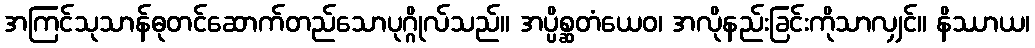
အကြင်သုသာန်ဓုတင်ဆောက်တည်သောပုဂ္ဂိုလ်သည်။ အပ္ပိစ္ဆတံယေဝ၊ အလိုနည်းခြင်းကိုသာလျှင်။ နိဿာယ၊